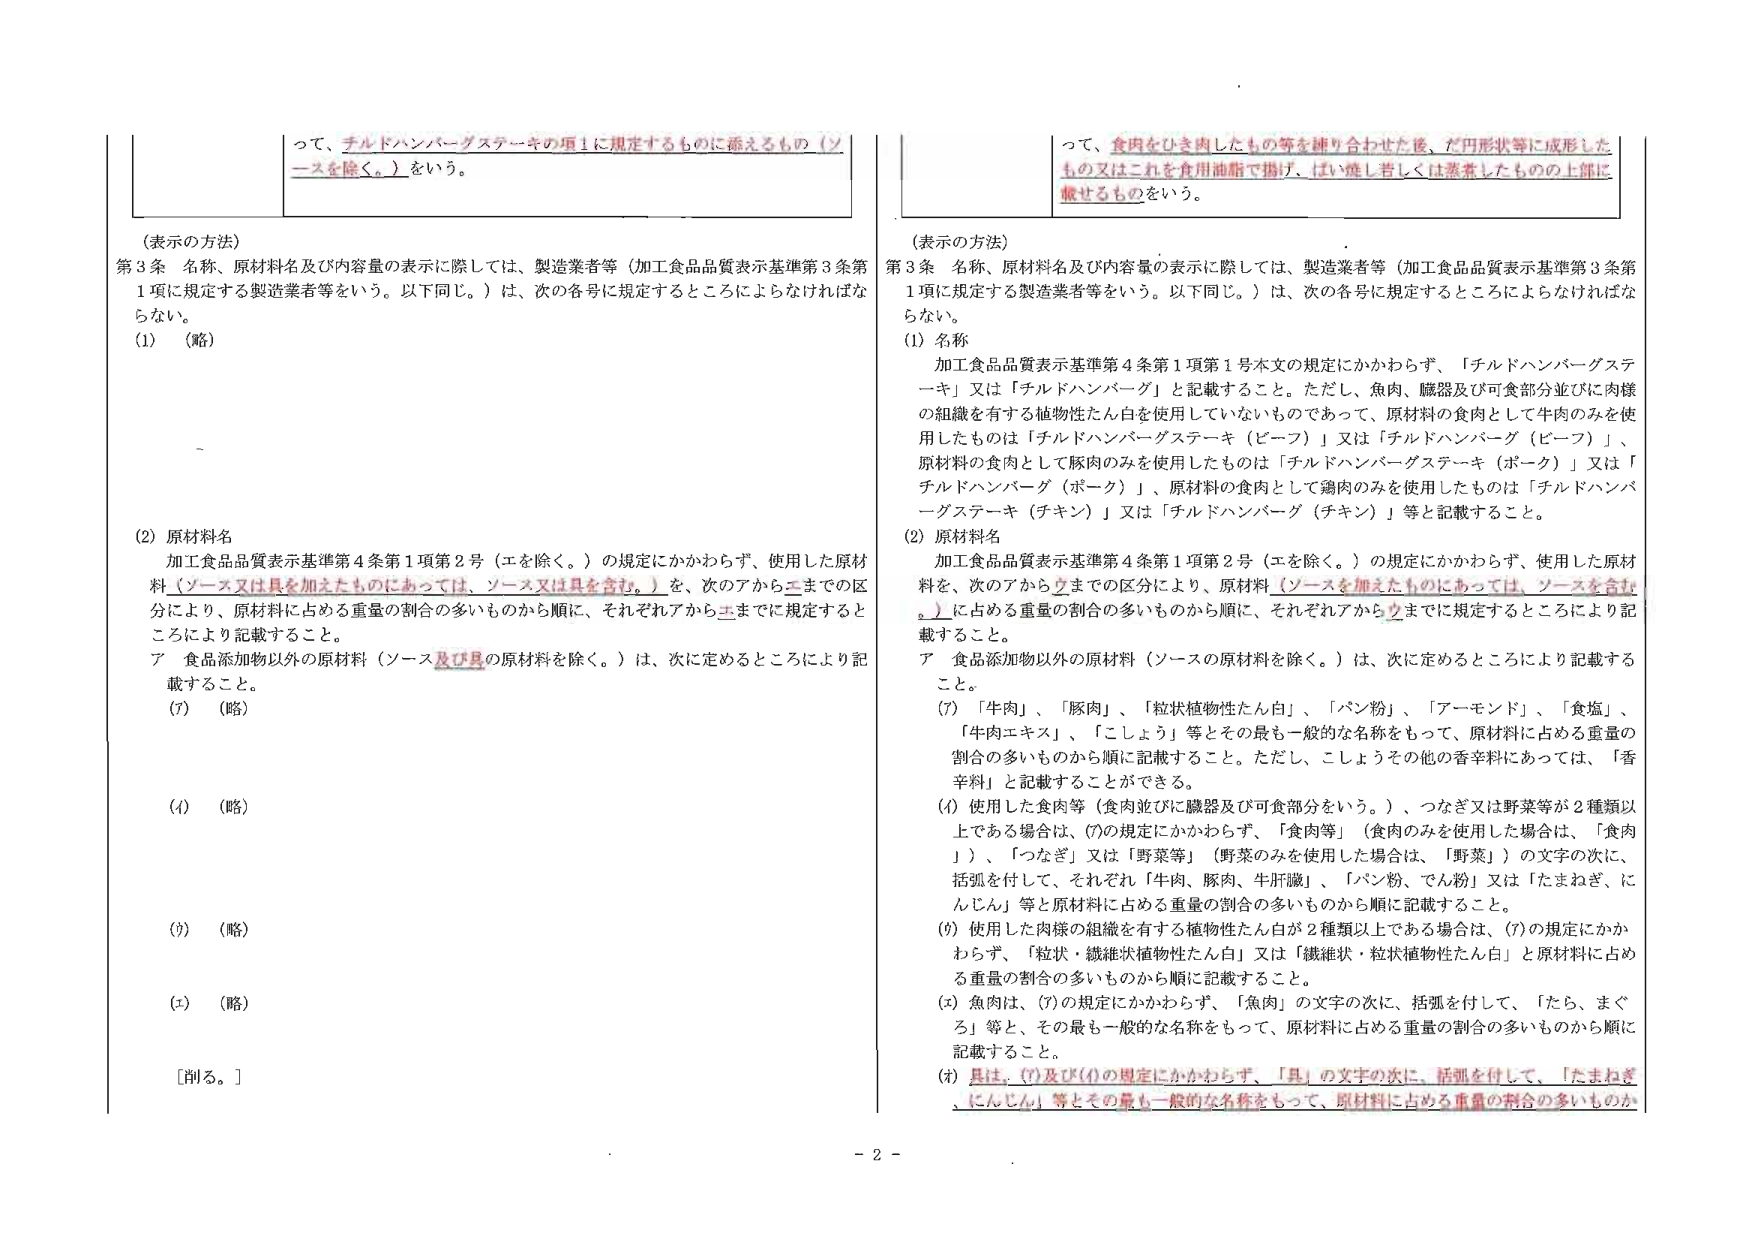
って、チルドハンバーグステーキの項１に規定するものに添えるもの（ソースを除く。）をいう。

（表示の方法）
第３条 名称、原材料名及び内容量の表示に際しては、製造業者等（加工食品品質表示基準第３条第１項に規定する製造業者等をいう。以下同じ。）は、次の各号に規定するところによらなければならな い。
(1) （略）

(2) 原材料名
加工食品品質表示基準第４条第１項第２号（エを除く。）の規定にかかわらず、使用した原材料（ソース又は具を加えたものにあっては、ソース又は具を含む。）を、次のアからエまでの区分により、原材料に占める重量の割合の多いものから順に、それぞれアからエまでに規定するところにより記載すること。
ア 食品添加物以外の原材料（ソース及び具の原材料を除く。）は、次に定めるところにより記載すること。
(7) （略）
(4) （略）
(9) （略）
(エ) （略）
［削る。］

って、食肉をひき肉したもの等を練り合わせた後、だ円形状等に成形したもの又はこれを食用油脂で揚げ、はい焼し若しくは蒸煮したものの上部に載せるものをいう。

（表示の方法）
第３条 名称、原材料名及び内容量の表示に際しては、製造業者等（加工食品品質表示基準第３条第１項に規定する製造業者等をいう。以下同じ。）は、次の各号に規定するところによらなければなら ない。
(1) 名称
加工食品品質表示基準第４条第１項第１号本文の規定にかかわらず、「チルドハンバーグステーキ」又は「チルドハンバーグ」と記載すること。ただし、魚肉、臓器及び可食部分並びに肉様の組織を有する植物性たん白を使用していないものであって、原材料の食肉として牛肉のみを使用したものは「チルドハンバーグステーキ（ビーフ）」又は「チルドハンバーグ（ビーフ）」、原材料の食肉として豚肉のみを使用したものは「チルドハンバーグステーキ（ポーク）」又は「チルドハンバーグ（ポーク）」、原材料の食肉として鶏肉のみを使用したものは「チルドハンバーグステーキ（チキン）」又は「チルドハンバーグ（チキン）」等と記載すること。
(2) 原材料名
加工食品品質表示基準第４条第１項第２号（エを除く。）の規定にかかわらず、使用した原材料を、次のアからウまでの区分により、原材料（ソースを加えたものにあっては、ソースを含む。）に占める重量の割合の多いものから順に、それぞれアからウまでに規定するところにより記載すること。
ア 食品添加物以外の原材料（ソースの原材料を除く。）は、次に定めるところにより記載すること。
(7) 「牛肉」、「豚肉」、「粒状植物性たん白」、「パン粉」、「アーモンド」、「食塩」、「牛肉エキス」、「こしょう」等とその最も一般的な名称をもって、原材料に占める重量の割合の多いものから順に記載すること。ただし、こしょうその他の香辛料にあっては、「香辛料」と記載することができる。
(4) 使用した食肉等（食肉並びに臓器及び可食部分をいう。）、つなぎ又は野菜等が２種類以上である場合は、(7)の規定にかかわらず、「食肉等」（食肉のみを使用した場合は、「食肉」）、「つなぎ」又は「野菜等」（野菜のみを使用した場合は、「野菜」）の文字の次に、括弧を付して、それぞれ「牛肉、豚肉、牛肝臓」、「パン粉、でん粉」又は「たまねぎ、にんじん」等と原材料に占める重量の割合の多いものから順に記載すること。
(9) 使用した肉様の組織を有する植物性たん白が２種類以上である場合は、(7)の規定にかかわらず、「粒状・繊維状植物性たん白」又は「繊維状・粒状植物性たん白」と原材料に占める重量の割合の多いものから順に記載すること。
(エ) 魚肉は、(7)の規定にかかわらず、「魚肉」の文字の次に、括弧を付して、「たら、まぐろ」等と、その最も一般的な名称をもって、原材料に占める重量の割合の多いものから順に記載すること。
(8) 具は、(7)及び(4)の規定にかかわらず、「具」の文字の次に、括弧を付して、「たまねぎ、にんじん」等とその最も一般的な名称をもって、原材料に占める重量の割合の多いものか

- 2 -